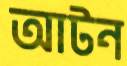
আটন